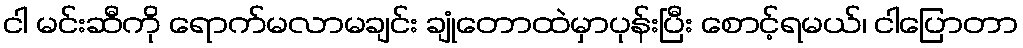
ငါ မင်းဆီကို ရောက်မလာမချင်း ချုံတောထဲမှာပုန်းပြီး စောင့်ရမယ်၊ ငါပြောတာ